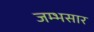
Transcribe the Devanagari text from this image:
जम्भसार